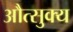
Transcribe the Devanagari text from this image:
औत्सुक्‍य